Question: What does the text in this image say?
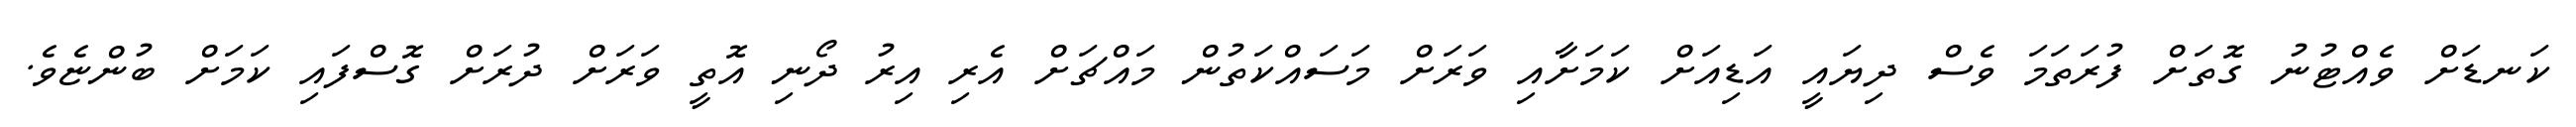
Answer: ކަނޑަށް ވެއްޓުނު ގޮތަށް ފުރަތަމަ ވެސް ދިޔައީ އަޑިއަށް ކަމަށާއި ވަރަށް މަސައްކަތުން މައްޗަށް އެރި އިރު ދޯނި އޮތީ ވަރަށް ދުރަށް ގޮސްފައި ކަމަށް ބުންޏެވެ.